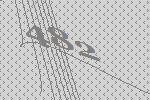
482